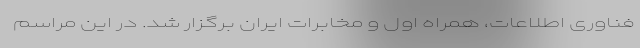
فناوری اطلاعات، همراه اول و مخابرات ایران برگزار شد. در این مراسم